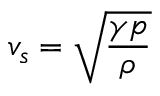
v _ { s } = { \sqrt { \frac { \gamma p } { \rho } } }